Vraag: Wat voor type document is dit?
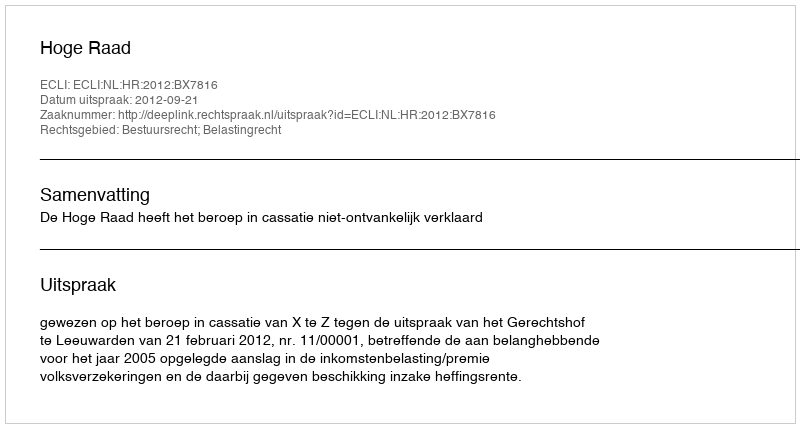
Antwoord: Uitspraak